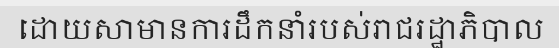
ដោយសាមានការដឹកនាំរបស់រាជរដ្ឋាភិបាល